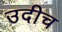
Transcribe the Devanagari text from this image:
उदीच